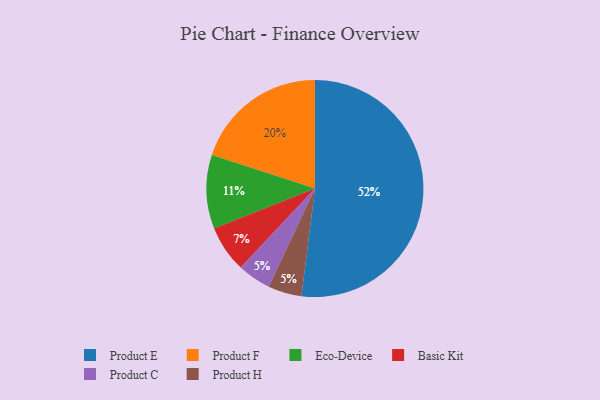
{"axis": {"x": "Category", "y": "Percentage"}, "legend": ["Basic Kit", "Eco-Device", "Product C", "Product E", "Product F", "Product H"], "data": [{"x": "Product E", "y": 52, "type": "Product E"}, {"x": "Product C", "y": 5, "type": "Product C"}, {"x": "Eco-Device", "y": 11, "type": "Eco-Device"}, {"x": "Basic Kit", "y": 7, "type": "Basic Kit"}, {"x": "Product H", "y": 5, "type": "Product H"}, {"x": "Product F", "y": 20, "type": "Product F"}]}